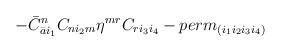
LaTeX: \begin{align*}- {\bar C}_{{\bar a} i_1}^n C_{n i_2 m} \eta^{mr} C_{r i_3 i_4} -perm_{(i_1 i_2 i_3 i_4)}\end{align*}